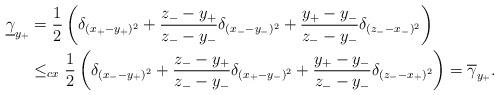
LaTeX: \begin{align*} \underline \gamma_{y_+} &= \frac12\left(\delta_{(x_+-y_+)^2} + \frac{z_--y_+}{z_--y_-}\delta_{(x_--y_-)^2} + \frac{y_+-y_-}{z_--y_-}\delta_{(z_--x_-)^2}\right)\\&\le_{cx}\frac12\left(\delta_{(x_--y_+)^2} + \frac{z_--y_+}{z_--y_-}\delta_{(x_+-y_-)^2} + \frac{y_+-y_-}{z_--y_-}\delta_{(z_--x_+)^2} \right)=\overline \gamma_{y_+}.\end{align*}